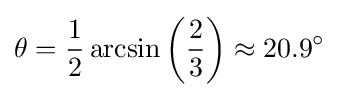
\theta ={\frac {1}{2}}\arcsin \left({\frac {2}{3}}\right)\approx 20.9^{\circ }